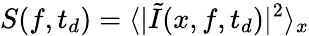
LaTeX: S(f,t_{d})=\langle|\tilde{I}(x,f,t_{d})|^{2}\rangle_{x}